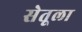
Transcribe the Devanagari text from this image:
सेतूला